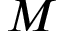
M